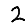
Digit: 2